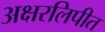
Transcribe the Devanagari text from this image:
अक्षरलिपीत